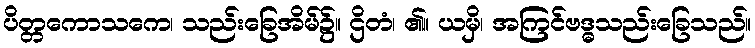
ပိတ္တကောသကေ၊ သည်းခြေအိမ်၌။ ဌိတံ၊ ၏။ ယမှိ၊ အကြင်ဗဒ္ဓသည်းခြေသည်။